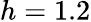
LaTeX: h=1.2